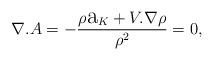
LaTeX: \begin{align*}\nabla.A=-\frac{\rho\hbox{\Large a}_K+V.\nabla\rho}{\rho^{2}}=0,\end{align*}